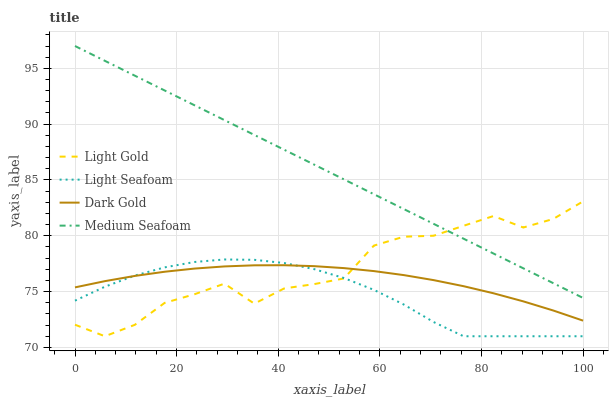
| xaxis_label | Light Gold | Light Seafoam | Dark Gold | Medium Seafoam |
 | --- | --- | --- | --- | --- |
 | 0 | 72 | 74.2 | 75.4 | 97 |
 | 5.88 | 71 | 75.4 | 75.9 | 95.7 |
 | 11.8 | 72 | 76.4 | 76.4 | 94.3 |
 | 17.6 | 74 | 77.2 | 76.8 | 93 |
 | 23.5 | 74.8 | 77.7 | 77.1 | 91.7 |
 | 29.4 | 75.7 | 77.9 | 77.3 | 90.4 |
 | 35.3 | 73.9 | 77.8 | 77.4 | 89 |
 | 41.2 | 75.3 | 77.6 | 77.4 | 87.7 |
 | 47.1 | 75.7 | 77 | 77.3 | 86.4 |
 | 52.9 | 76.2 | 76.2 | 77.1 | 85.1 |
 | 58.8 | 79.1 | 75.2 | 76.8 | 83.7 |
 | 64.7 | 79.9 | 73.8 | 76.5 | 82.4 |
 | 70.6 | 80 | 72.3 | 76 | 81.1 |
 | 76.5 | 80.9 | 71 | 75.5 | 79.7 |
 | 82.4 | 81.8 | 71 | 74.9 | 78.4 |
 | 88.2 | 80.7 | 71 | 74.1 | 77.1 |
 | 94.1 | 81.5 | 71 | 73.3 | 75.8 |
 | 100 | 83.1 | 71 | 72.4 | 74.4 |